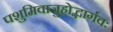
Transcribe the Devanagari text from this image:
पशुमिवाजुहोद्भार्गवः